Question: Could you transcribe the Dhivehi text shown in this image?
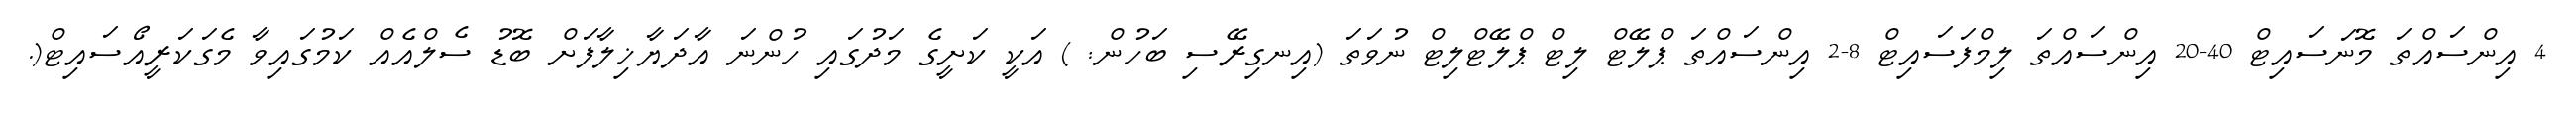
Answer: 4 އިންސައްތަ މޮނަސައިޓް 40-20 އިންސައްތަ ލިމްފަސައިޓް 8-2 އިންސައްތަ ޕްލޭޓް ލިޓް ޕްލޭޓްލިޓް ނުވަތަ (އިނގިރޭސި ބަހުން: ) އަކީ ކަށީގެ މަދުގައި ހުންނަ އާދަޔާޚިލާފަށް ބޮޑު ސެލްއެއް ކަމުގައިވާ މެގަކަރީއޯސައިޓް(.